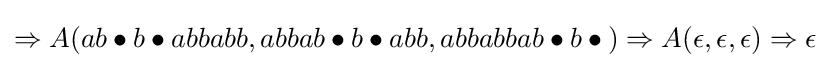
\Rightarrow A(ab\bullet {}b\bullet {}abbabb,abbab\bullet {}b\bullet {}abb,abbabbab\bullet {}b\bullet {})\Rightarrow A(\epsilon ,\epsilon ,\epsilon )\Rightarrow \epsilon